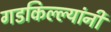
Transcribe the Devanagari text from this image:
गडकिल्ल्यांनी